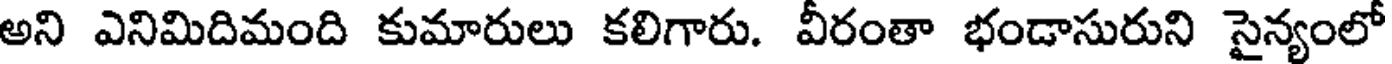
అని ఎనిమిదిమంది కుమారులు కలిగారు. వీరంతా భండాసురుని సైన్యంలో